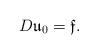
LaTeX: \begin{align*}D\mathfrak{u}_0=\mathfrak{f}.\end{align*}